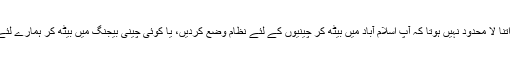
کسی انسان کا تجربہ اتنا لا محدود نہیں ہوتا کہ آپ اسلام آباد میں بیٹھ کر چینیوں کے لئے نظام وضع کردیں، یا کوئی چینی بیجنگ میں بیٹھ کر ہمارے لئے نظام وضع کر دے۔